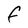
Character: F